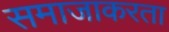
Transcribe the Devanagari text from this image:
समाजाकरता